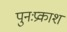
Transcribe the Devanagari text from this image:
पुनःप्रकाश